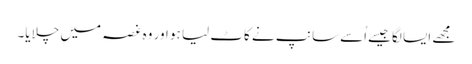
مجھے ایسا لگا جیسےاُسےسانپ نے کاٹ لیا ہو اور وہ غصہ میں چلایا۔